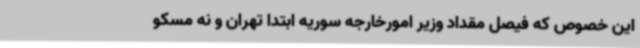
این خصوص که فیصل مقداد وزیر امورخارجه سوریه ابتدا تهران و نه مسکو